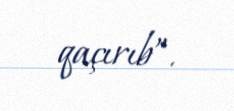
qaçırıb”.